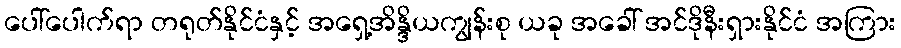
ပေါ်ပေါက်ရာ တရုတ်နိုင်ငံနှင့် အရှေ့အိန္ဒိယကျွန်းစု ယခု အခေါ် အင်ဒိုနီးရှားနိုင်ငံ အကြား